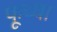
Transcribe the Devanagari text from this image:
फूच्या